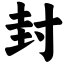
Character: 封